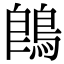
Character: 鵖